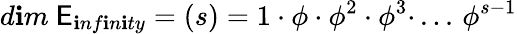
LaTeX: d\mathbf{i}m~\mathsf{E}_{\mathbf{i}nf\mathbf{i}n\mathbf{i}ty}=(s)=1\cdot\phi\cdot\phi^{2}\cdot\phi^{3}\cdot\, ...\, \phi^{s-1}